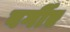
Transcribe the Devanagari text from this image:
वर्गीए